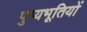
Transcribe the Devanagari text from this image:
पुष्यभूतियों